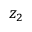
z _ { 2 }